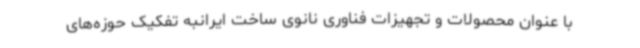
با عنوان محصولات و تجهیزات فناوری نانوی ساخت ایرانبه تفکیک حوزه‌های